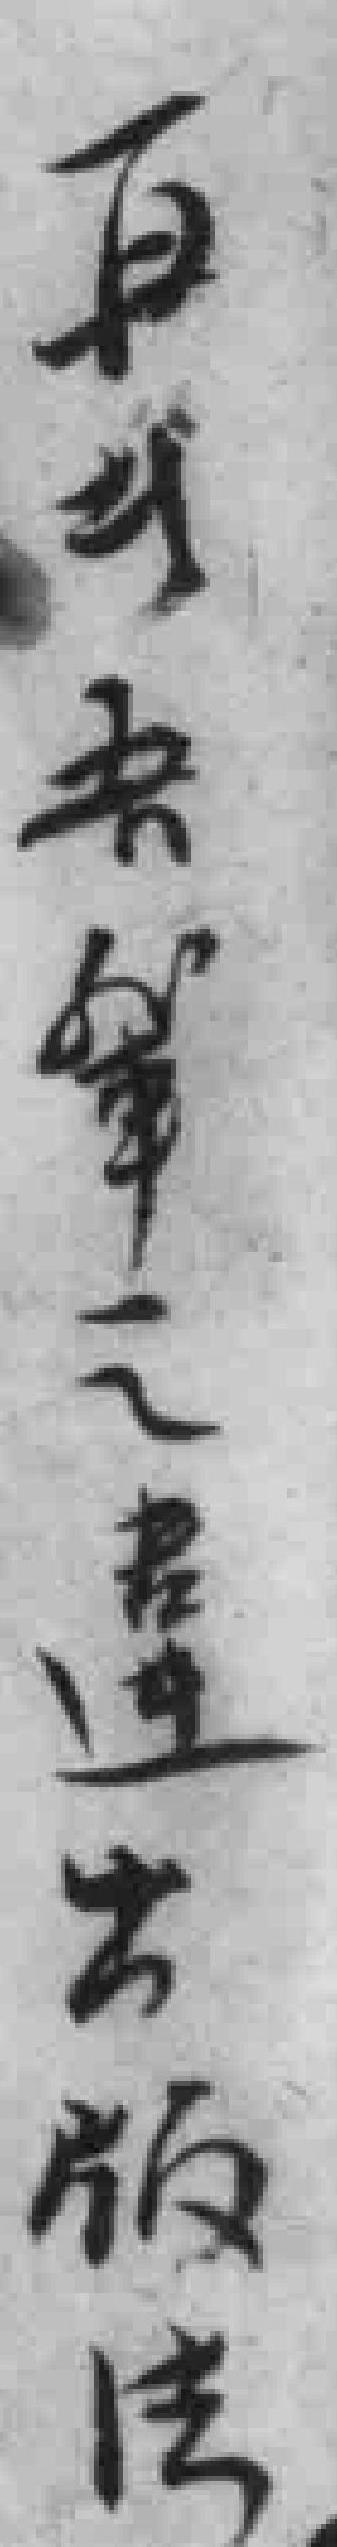
再*吾軰之違出版法